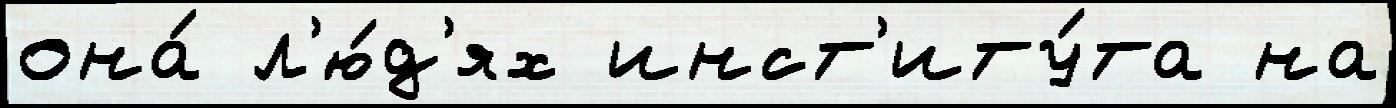
она́ л'ю́д'ях инст'иту́та на